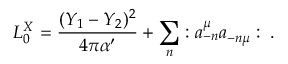
L _ { 0 } ^ { X } = { \frac { ( Y _ { 1 } - Y _ { 2 } ) ^ { 2 } } { 4 \pi \alpha ^ { \prime } } } + \sum _ { n } : a _ { - n } ^ { \mu } a _ { - n \mu } : \; .